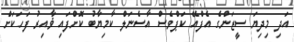
އަދި މިދިޔަ ސީޒަންގެ އެފްއޭ ކަޕްވެސް އާސެނަލް ކާމިޔާބު ކޮށްފައި ޥާއިރު ފަހަކަށް